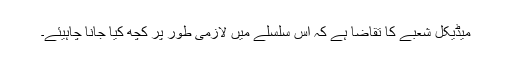
میڈیکل شعبے کا تقاضا ہے کہ اس سلسلے میں لازمی طور پر کچھ کیا جانا چاہیئے۔